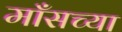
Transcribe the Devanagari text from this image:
माँसच्या